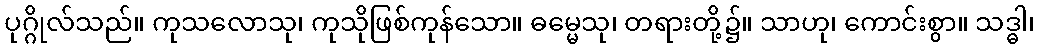
ပုဂ္ဂိုလ်သည်။ ကုသလောသု၊ ကုသိုဖြစ်ကုန်သော။ ဓမ္မေသု၊ တရားတို့၌။ သာဟု၊ ကောင်းစွာ။ သဒ္ဓါ၊